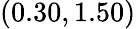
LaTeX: (0.30,1.50)